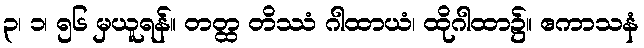
၃၊ ၁၊ ၅၆ မှယူရန်။ တတ္ထ တိဿံ ဂါထာယံ၊ ထိုဂါထာ၌။ ဧကာသနံ